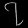
Digit: ၇